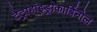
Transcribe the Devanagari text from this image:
टेट्राहांइड्रोकार्बिनोल